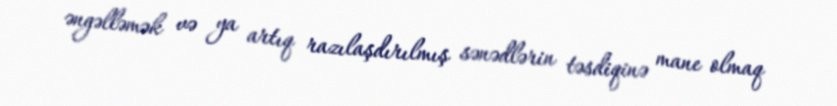
əngəlləmək və ya artıq razılaşdırılmış sənədlərin təsdiqinə mane olmaq